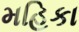
મહિકા